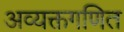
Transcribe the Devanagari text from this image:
अव्यक्तगणित